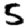
Digit: 5